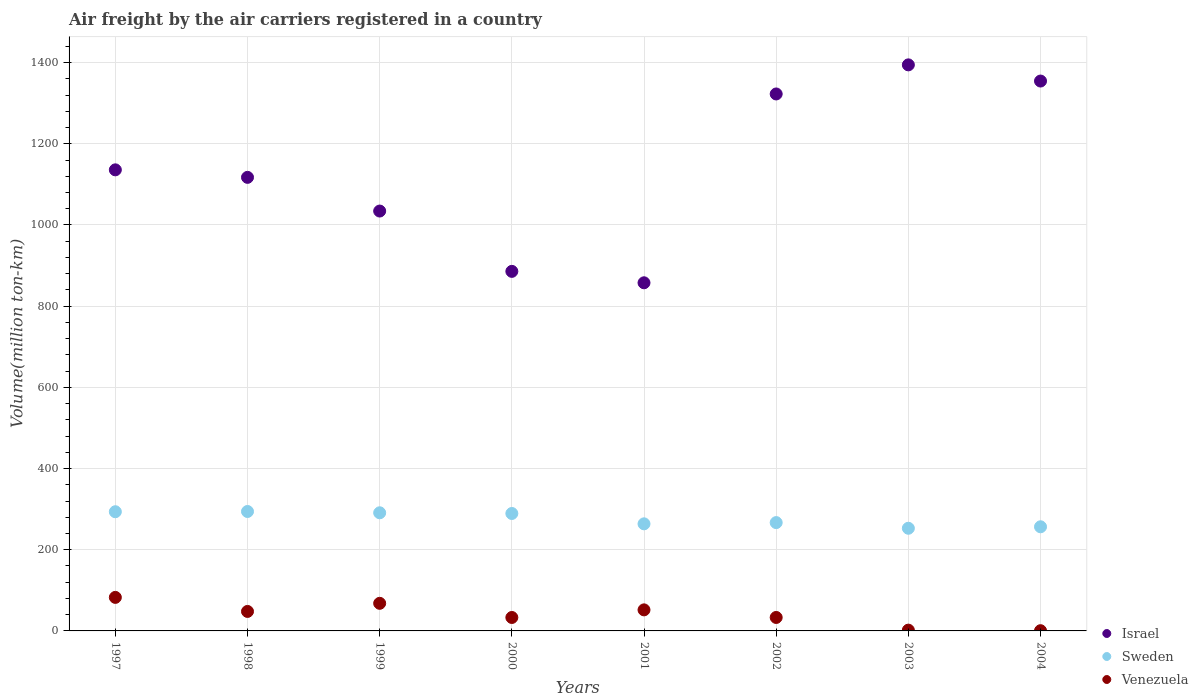
| Years | Israel | Sweden | Venezuela |
 | --- | --- | --- | --- |
 | 1997 | 1.14e+03 | 294 | 82.6 |
 | 1998 | 1.12e+03 | 294 | 48 |
 | 1999 | 1.03e+03 | 291 | 68 |
 | 2000 | 886 | 289 | 33.1 |
 | 2001 | 858 | 264 | 51.9 |
 | 2002 | 1.32e+03 | 267 | 33.2 |
 | 2003 | 1.39e+03 | 253 | 1.94 |
 | 2004 | 1.35e+03 | 257 | 0.56 |